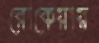
রোকেয়ায়